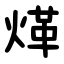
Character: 煂